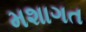
મશાગત